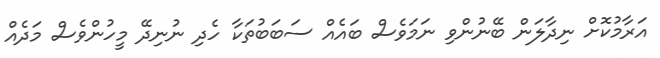
އަރާމުކޮށް ނިދާލަން ބޭނުންވި ނަމަވެސް ބައެއް ސަބަބުތަކާ ހެދި ނުނިދޭ މީހުންވެސް މަދެއް